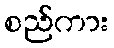
စည်ကား